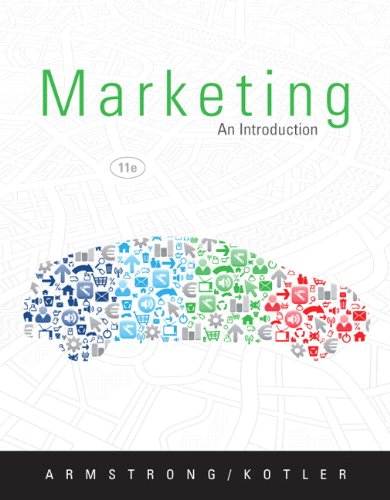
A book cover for Marketing: An Introduction (11th Edition); Gary Armstrong; Business & Money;